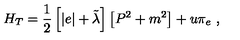
H _ { T } = \frac { 1 } { 2 } \left[ | e | + \tilde { \lambda } \right] \left[ P ^ { 2 } + m ^ { 2 } \right] + u \pi _ { e } \ ,